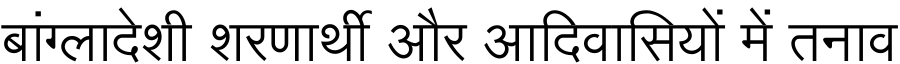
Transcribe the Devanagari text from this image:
बांग्लादेशी शरणार्थी और आदिवासियों में तनाव